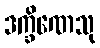
ဒက္ခိဏေသု